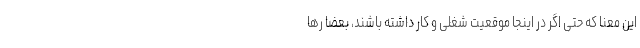
این معنا که حتی اگر در اینجا موقعیت شغلی و کار داشته باشند، بعضا رها